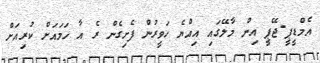
އެމްޑީޕީ-ޖޭޕީ އިން މާލޭގައި އިއްޔެ ހަވީރުން ފެށިގެން ރެ އާ ހަމައަށް ކުރިއަށް